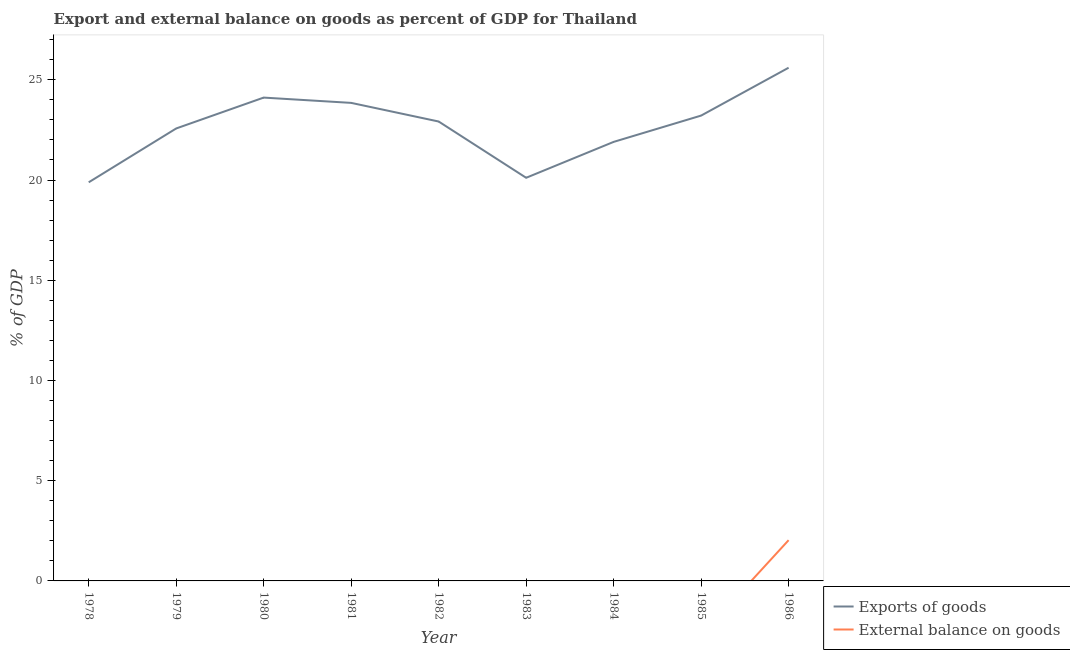
| Year | Exports of goods | External balance on goods |
 | --- | --- | --- |
 | 1978 | 19.9 | -4.23 |
 | 1979 | 22.6 | -6.73 |
 | 1980 | 24.1 | -6.26 |
 | 1981 | 23.8 | -6.27 |
 | 1982 | 22.9 | -1.71 |
 | 1983 | 20.1 | -7.16 |
 | 1984 | 21.9 | -4.27 |
 | 1985 | 23.2 | -2.73 |
 | 1986 | 25.6 | 2.03 |